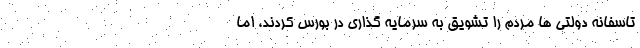
تاسفانه دولتی ها مردم را تشویق به سرمایه گذاری در بورس کردند، اما